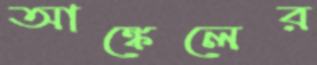
আঙ্কেলের